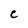
Character: C